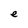
Character: e